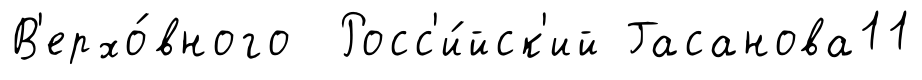
В'ерхо́вного Росс'и́йск'ий Гасанова11